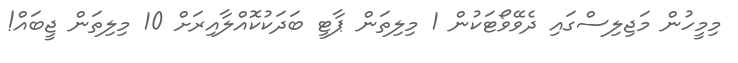
މިމީހުން މަޖިލިސްގައި ދެވޭވޯޓަކުން 1 މިލިތަން ޕާޓީ ބަދަކުކޮއްލާއިރަށް 10 މިލިތަން ޖީބައް!